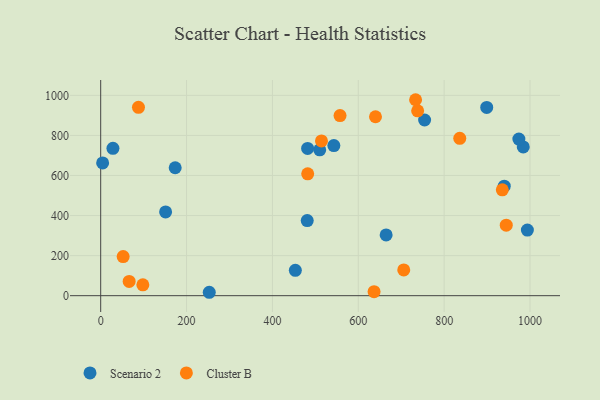
{"axis": {"x": "Ad Spend", "y": "Yield"}, "legend": ["Cluster B", "Scenario 2"], "data": [{"x": "754.5", "y": 877.0, "type": "Scenario 2"}, {"x": "993.9", "y": 327.7, "type": "Scenario 2"}, {"x": "940.0", "y": 546.5, "type": "Scenario 2"}, {"x": "28.5", "y": 735.6, "type": "Scenario 2"}, {"x": "4.5", "y": 662.4, "type": "Scenario 2"}, {"x": "984.3", "y": 742.5, "type": "Scenario 2"}, {"x": "151.2", "y": 418.3, "type": "Scenario 2"}, {"x": "899.2", "y": 939.5, "type": "Scenario 2"}, {"x": "664.9", "y": 303.4, "type": "Scenario 2"}, {"x": "453.4", "y": 126.6, "type": "Scenario 2"}, {"x": "252.9", "y": 17.0, "type": "Scenario 2"}, {"x": "481.1", "y": 375.0, "type": "Scenario 2"}, {"x": "482.0", "y": 735.2, "type": "Scenario 2"}, {"x": "974.1", "y": 781.5, "type": "Scenario 2"}, {"x": "173.5", "y": 638.6, "type": "Scenario 2"}, {"x": "510.2", "y": 727.8, "type": "Scenario 2"}, {"x": "543.1", "y": 749.1, "type": "Scenario 2"}, {"x": "738.3", "y": 922.7, "type": "Cluster B"}, {"x": "705.9", "y": 128.6, "type": "Cluster B"}, {"x": "482.2", "y": 608.0, "type": "Cluster B"}, {"x": "636.8", "y": 20.1, "type": "Cluster B"}, {"x": "98.2", "y": 54.3, "type": "Cluster B"}, {"x": "557.5", "y": 898.9, "type": "Cluster B"}, {"x": "66.3", "y": 71.1, "type": "Cluster B"}, {"x": "733.5", "y": 978.1, "type": "Cluster B"}, {"x": "52.3", "y": 195.1, "type": "Cluster B"}, {"x": "640.1", "y": 893.0, "type": "Cluster B"}, {"x": "836.4", "y": 785.6, "type": "Cluster B"}, {"x": "514.3", "y": 772.4, "type": "Cluster B"}, {"x": "935.5", "y": 528.6, "type": "Cluster B"}, {"x": "944.7", "y": 352.1, "type": "Cluster B"}, {"x": "88.0", "y": 940.3, "type": "Cluster B"}]}